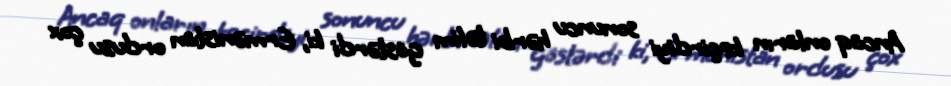
Ancaq onların keçirdiyi sonuncu hərbi təlim göstərdi ki, Ermənistan ordusu çox